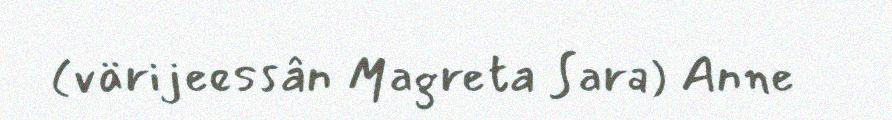
(värijeessân Magreta Sara) Anne